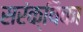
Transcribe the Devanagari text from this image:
सरंक्षिका